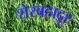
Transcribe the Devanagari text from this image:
शेरबहादूर